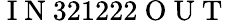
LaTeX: \mathrm{~I~N~}321222\mathrm{~O~U~T~}